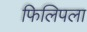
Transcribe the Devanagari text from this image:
फिलिपला